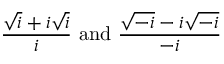
{ \frac { { \sqrt { i } } + i { \sqrt { i } } } { i } } { \mathrm { ~ a n d ~ } } { \frac { { \sqrt { - i } } - i { \sqrt { - i } } } { - i } }